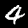
Label: 4